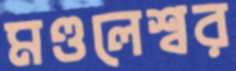
মণ্ডলেশ্বর